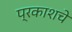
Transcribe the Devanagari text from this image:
प्रकाशचे